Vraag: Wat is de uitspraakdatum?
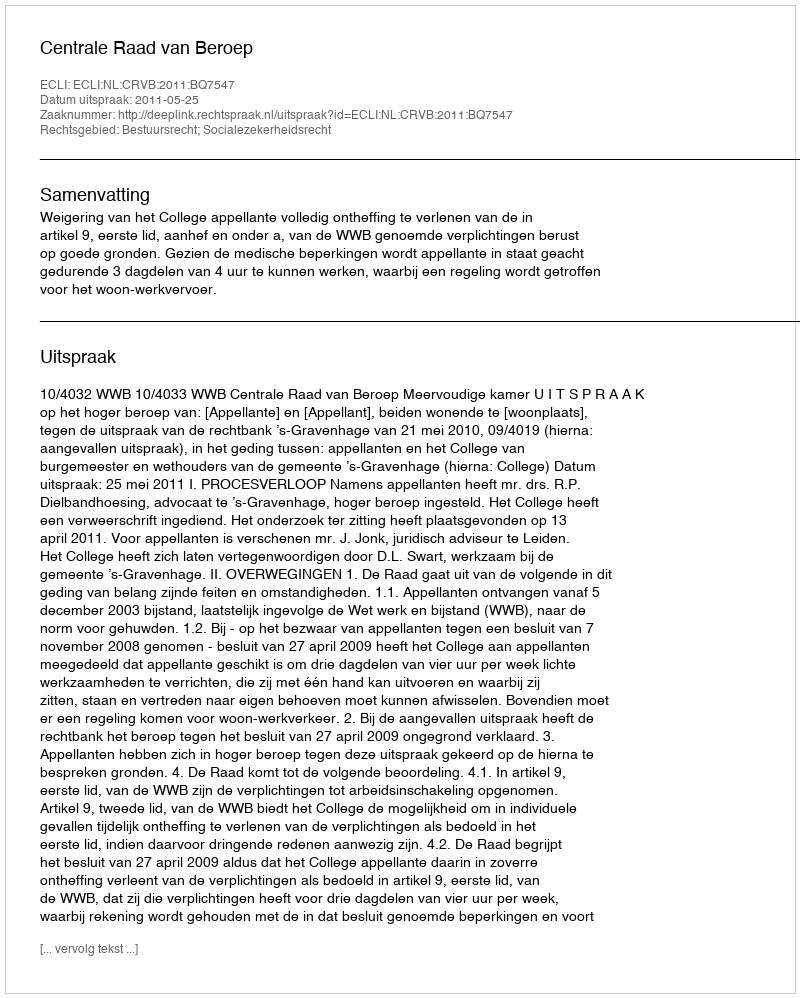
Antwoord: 2011-05-25